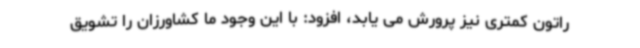
راتون کمتری نیز پرورش می یابد، افزود: با این وجود ما کشاورزان را تشویق